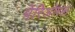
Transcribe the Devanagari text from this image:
पेरिओरल